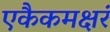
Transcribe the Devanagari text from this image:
एकैकमक्षरं